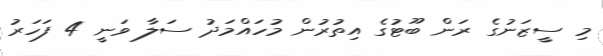
މި ސީޒަނުގެ ރަން ބޫޓުގެ އިތުރުން މުހައްމަދު ސަލާ ވަނީ 4 ފަހަރު